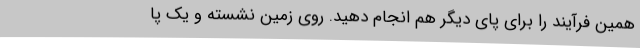
همین فرآیند را برای پای دیگر هم انجام دهید. روی زمین نشسته و یک پا